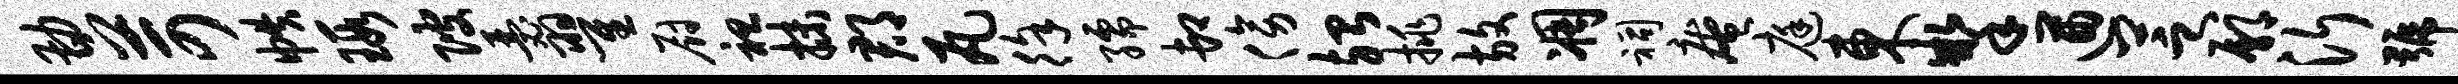
勘苛帙瑕陂瑟翟厨袒抹郡瓦徐孺卸傍殆挑放凋祠庵庭东掣遒芝鄢沂号